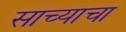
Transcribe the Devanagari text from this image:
साच्याचा